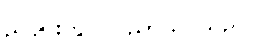
ညပိုင်းတွင် ပညာသင်သည်။